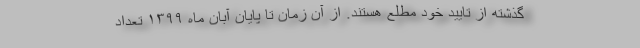
گذشته از تایید خود مطلع هستند. از آن زمان تا پایان آبان ماه ۱۳۹۹ تعداد